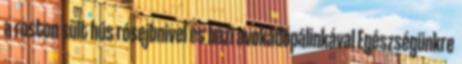
a roston sült hús rósejbnivel és házi avokádópálinkával Egészségünkre